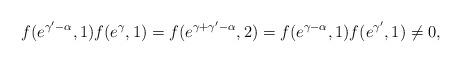
LaTeX: \begin{align*}f(e^{\gamma^{\prime}-\alpha},1)f(e^{\gamma},1)=f(e^{\gamma+\gamma^{\prime}-\alpha},2)=f(e^{\gamma-\alpha},1)f(e^{\gamma^{\prime}},1)\not =0,\end{align*}